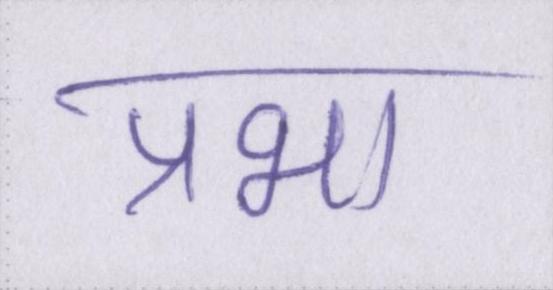
प्रभा